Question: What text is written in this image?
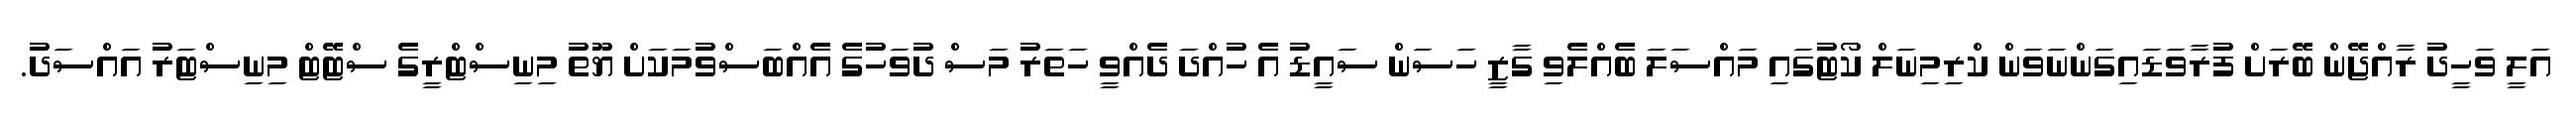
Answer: އަލީ ވަހީދު ރާއްޖޭން ބޭރަށް ފުރާވަޑައިގަންނަވަން ކްރިމިނަލް ކޯޓުގައި މައްސަލަ ބެއްލެވި ގާޒީ ހަސަން ސައީޑު އެ ހުއްދަ ދެއްވީ ހަތަރު މަސް ދުވަހުގެ އެއްބަސްވުމަކަށް ޔޫތު މިނިސްޓްރީގެ ސްޓޭޓް މިނިސްޓަރު އައްސަދު.